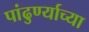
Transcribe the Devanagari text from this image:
पांढुर्ण्याच्या